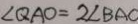
\angle Q A O = 2 \angle B A C